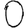
Digit: 0